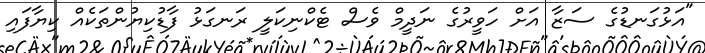
"އަޅުގަނޑުގެ ސަޒާ އަށް ހަވީރުގެ ނަދީމް ވެސް ޓެކްނިކަލީ ރަނގަޅު ފާޑުކިޔުންތަކެއް ކިޔާފައި